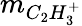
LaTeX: m_{C_{2}H_{3}^{+}}